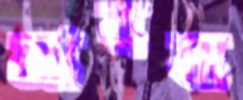
মারস